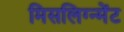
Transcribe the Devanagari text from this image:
मिसलिग्न्मेंट